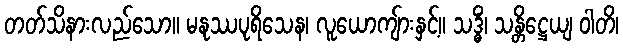
တတ်သိနားလည်သော။ မနုဿပုရိသေန၊ လူယောကျ်ားနှင့်။ သဒ္ဓိံ၊ သန္တိဋ္ဌေယျ ဝါတိ၊